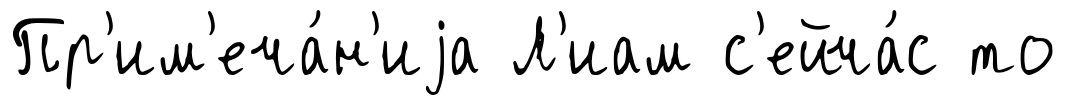
Пр'им'еча́н'иjа Л'иам с'ейча́с то